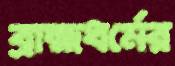
ব্রাহ্মধর্মের